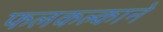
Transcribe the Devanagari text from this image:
फलकल्काने